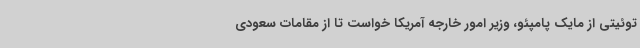
توئیتی از مایک پامپئو، وزیر امور خارجه آمریکا خواست تا از مقامات سعودی